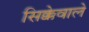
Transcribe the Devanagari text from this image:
सिक्केवाले